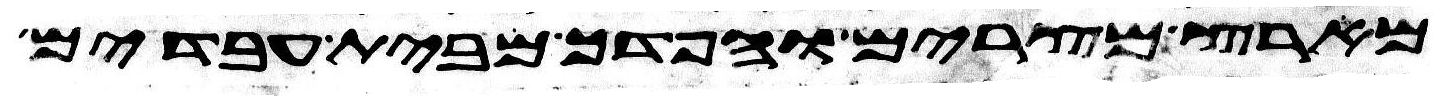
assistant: מארץ מצרים והפדך מבית עבדים